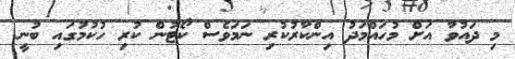
މި ދައުވާ އަށް މުހައްމަދު އިންކާރުކުރި ނަމަވެސް ކޯޓުން ކުރި ހުކުމުގައި ބުނީ